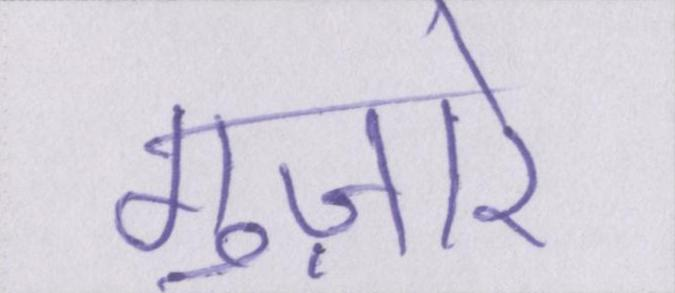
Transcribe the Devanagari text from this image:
गुज़ारे